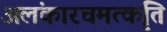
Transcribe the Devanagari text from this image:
अलंकारचमत्कृति